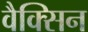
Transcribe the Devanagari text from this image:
वैक्सिन